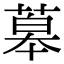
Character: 䔌